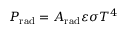
P _ { \mathrm { { r a d } } } = A _ { \mathrm { { r a d } } } \varepsilon \sigma T ^ { 4 }